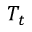
T _ { t }